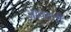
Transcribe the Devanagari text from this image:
आपदनी